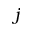
j